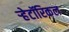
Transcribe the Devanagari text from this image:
ऱ्हेटॉरिकल